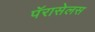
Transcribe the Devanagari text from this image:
पॅरासेलस